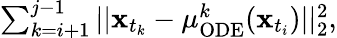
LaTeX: \begin{array}{r}{\sum_{k=i+1}^{j-1}||\mathbf{x}_{t_{k}}-\mu_{\mathrm{ODE}}^{k}(\mathbf{x}_{t_{i}})||_{2}^{2},}\end{array}